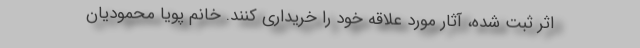
اثر ثبت شده، آثار مورد علاقه خود را خریداری کنند. خانم پویا محمودیان